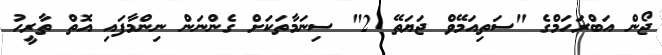
ޖޯން އަބްރަހަމްގެ "ސަތިއަމޭވް ޖަޔަތޭ 2" ސިނަމާތަކަށް ގެންނަން ނިންމާފައި އޮތް ތާރީހު